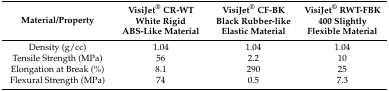
| Material/Property | VisiJet® CR-WT White Rigid ABS-Like Material | VisiJet® CF-BK Black Rubber-like Elastic Material | VisiJet® RWT-FBK 400 Slightly Flexible Material |
 | --- | --- | --- | --- |
 | Density (g/cc) | 1.04 | 1.04 | 1.04 |
 | Tensile Strength (MPa) | 56 | 2.2 | 10 |
 | Elongation at Break (%) | 8.1 | 290 | 25 |
 | Flexural Strength (MPa) | 74 | 0.5 | 7.3 |